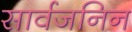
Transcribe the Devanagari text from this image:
सार्वजनिन